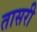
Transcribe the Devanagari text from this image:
तासरी